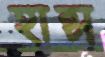
হান্স